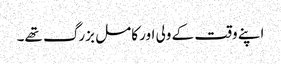
اپنے وقت کے ولی اور کامل بزرگ تھے۔